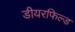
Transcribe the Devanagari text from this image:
डीयरफिल्ड